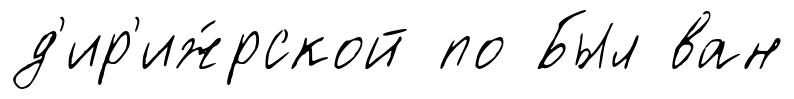
д'ир'иж́рской по Был ван